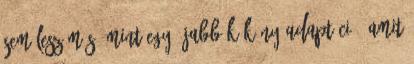
sem lesz más, mint egy újabb kókány adaptáció, amit